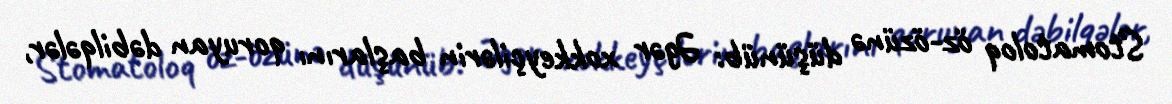
Stomatoloq öz-özünə düşünüb: Əgər xokkeyçilərin başlarını qoruyan dəbilqələr,